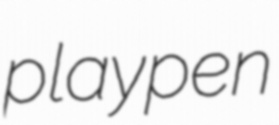
playpen